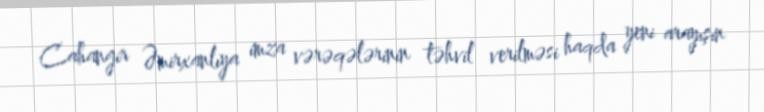
Cahangir Əmirxanlıya imza vərəqələrinin təhvil verilməsi haqda yeni arayışın